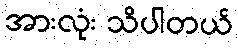
အားလုံး သိပါတယ်